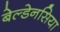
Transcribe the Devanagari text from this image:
बेल्डेनसिया